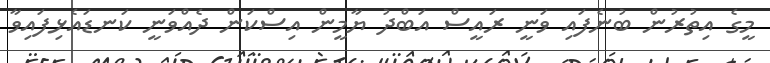
މީގެ އިތުރުން ބުނެފައި ވަނީ ރައީސް އަބްދު ޔާމީން އިސްކަން ދެއްވަނީ ކަނޑައެޅިފައިވާ